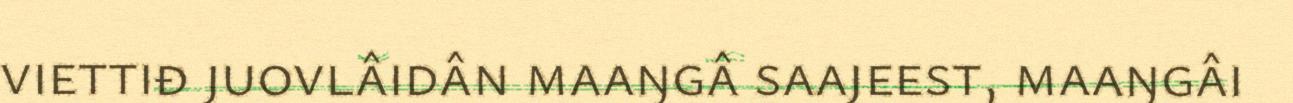
viettiđ juovlâidân maaŋgâ saajeest, maaŋgâi